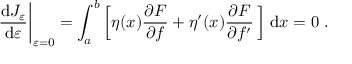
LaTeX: { \frac { \mathrm { d } J _ { \varepsilon } } { \mathrm { d } \varepsilon } } { \bigg | } _ { \varepsilon = 0 } = \int _ { a } ^ { b } \left[ \eta ( x ) { \frac { \partial F } { \partial f } } + \eta ^ { \prime } ( x ) { \frac { \partial F } { \partial f ^ { \prime } } } \, \right] \, \mathrm { d } x = 0 \ .